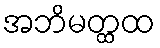
အဘိမတ္ထထ